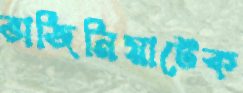
ভার্জিনিয়াটেক